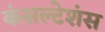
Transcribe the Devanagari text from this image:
कंसल्टेशंस